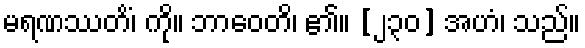
မရဏဿတိံ၊ ကို။ ဘာဝေတိ၊ ၏။ [၂၃၀] အဟံ၊ သည်။